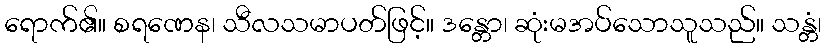
ရောက်၏။ စရဏေန၊ သီလသမာပတ်ဖြင့်။ ဒန္တော၊ ဆုံးမအပ်သောသူသည်။ သန္တံ၊